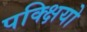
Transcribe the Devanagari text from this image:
पक्क्षियो